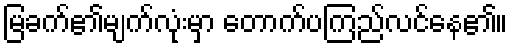
မြခက်၏မျက်လုံးမှာ တောက်ပကြည်လင်နေ၏။